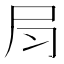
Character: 𡰳